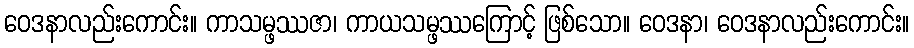
ဝေဒနာလည်းကောင်း။ ကာသမ္ဖဿဇာ၊ ကာယသမ္ဖဿကြောင့် ဖြစ်သော။ ဝေဒနာ၊ ဝေဒနာလည်းကောင်း။